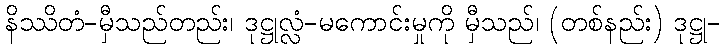
နိဿိတံ-မှီသည်တည်း၊ ဒုဋ္ဌုလ္လံ-မကောင်းမှုကို မှီသည်၊ (တစ်နည်း) ဒုဋ္ဌု-